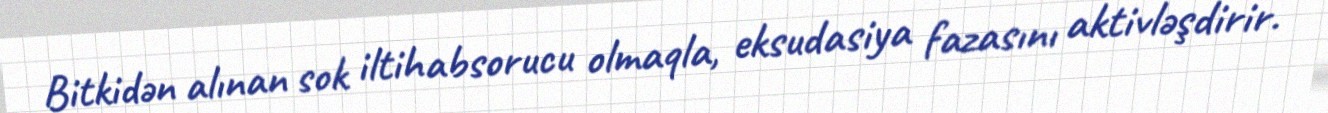
Bitkidən alınan sok iltihabsorucu olmaqla, eksudasiya fazasını aktivləşdirir.